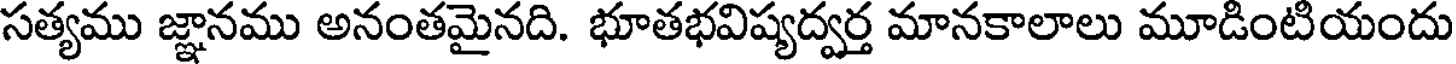
సత్యము జ్ఞానము అనంతమైనది. భూతభవిష్యద్వర్త మానకాలాలు మూడింటియందు